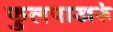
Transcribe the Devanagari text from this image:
फुलपाखरूं